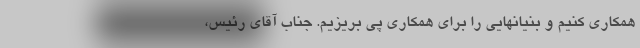
همکاری کنیم و بنیانهایی را برای همکاری پی بریزیم. جناب آقای رئیس،